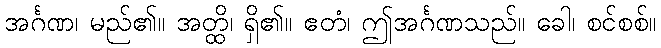
အင်္ဂဏ၊ မည်၏။ အတ္ထိ၊ ရှိ၏။ ဧတံ၊ ဤအင်္ဂဏသည်။ ခေါ၊ စင်စစ်။